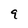
Character: 9